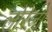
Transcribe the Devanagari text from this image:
लोरेज़ो